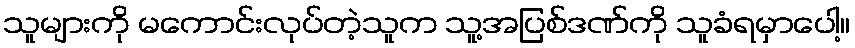
သူများကို မကောင်းလုပ်တဲ့သူက သူ့အပြစ်ဒဏ်ကို သူခံရမှာပေါ့။